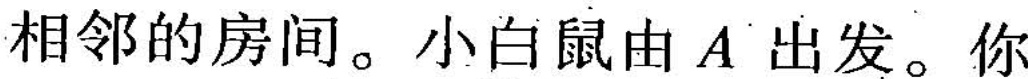
相邻的房间。小白鼠由A出发。你